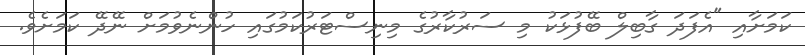
ކަމަށާއި "އެފަދަ ގާބިލް ބޭފުޅަކު މި ސަރުކާރުގެ މިނިސްޓަރުކަމުގައި ހުންނެވުމަށް ނޭދޭ ކަމަށެވެ.